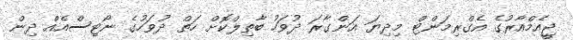
ޖީއެމްއާރުގެ އެގްރިމަންޓް މިދިޔަ އަންގާރަ ދުވަހު ބާތިލްކޮށް ހަތް ދުވަހުގެ ނޯޓިސްއެއް ދިން